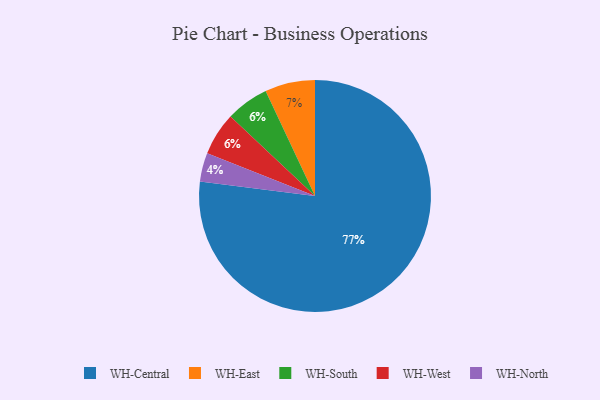
{"axis": {"x": "Category", "y": "Percentage"}, "legend": ["WH-Central", "WH-East", "WH-North", "WH-South", "WH-West"], "data": [{"x": "WH-South", "y": 6, "type": "WH-South"}, {"x": "WH-North", "y": 4, "type": "WH-North"}, {"x": "WH-West", "y": 6, "type": "WH-West"}, {"x": "WH-East", "y": 7, "type": "WH-East"}, {"x": "WH-Central", "y": 77, "type": "WH-Central"}]}